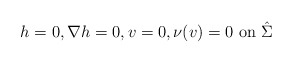
\begin{align*} h=0, \nabla h=0, v=0, \nu(v)=0\mbox{ on }\hat \Sigma\end{align*}